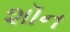
શૉન